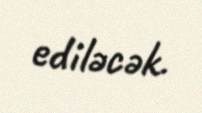
ediləcək.